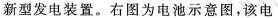
新型发电装置。右图为电池示意图，该电